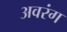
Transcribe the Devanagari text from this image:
अवरंग